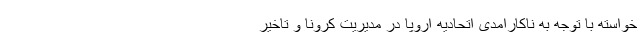
خواسته با توجه به ناکارامدی اتحادیه اروپا در مدیریت کرونا و تاخیر